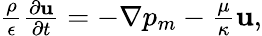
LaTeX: \begin{array}{r}{\frac{\rho}{\epsilon}\frac{\partial\mathbf{u}}{\partial t}=-\nabla p_{m}-\frac{\mu}{\kappa}\mathbf{u},}\end{array}